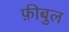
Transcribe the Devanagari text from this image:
फ़ीबुल